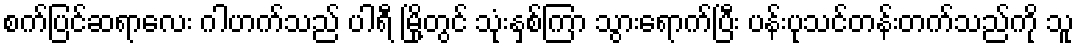
စက်ပြင်ဆရာလေး ဂါဟက်သည် ပါရီ မြို့တွင် သုံးနှစ်ကြာ သွားရောက်ပြီး ပန်းပုသင်တန်းတက်သည်ကို သူ